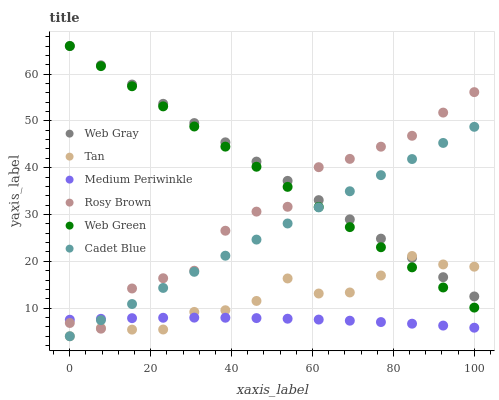
| xaxis_label | Web Gray | Tan | Medium Periwinkle | Rosy Brown | Web Green | Cadet Blue |
 | --- | --- | --- | --- | --- | --- | --- |
 | 0 | 66 | 4 | 7.53 | 6.83 | 66 | 4 |
 | 7.69 | 61.9 | 5.76 | 7.72 | 5.62 | 61.7 | 7.44 |
 | 15.4 | 57.8 | 5.42 | 7.86 | 14.2 | 57.4 | 10.9 |
 | 23.1 | 53.7 | 5.44 | 7.95 | 16.4 | 53.1 | 14.3 |
 | 30.8 | 49.5 | 9.2 | 7.98 | 18 | 48.8 | 17.8 |
 | 38.5 | 45.4 | 9.56 | 7.96 | 26.5 | 44.5 | 21.2 |
 | 46.2 | 41.3 | 11.5 | 7.88 | 30.6 | 40.2 | 24.6 |
 | 53.8 | 37.2 | 16.3 | 7.75 | 31.7 | 35.9 | 28.1 |
 | 61.5 | 33.1 | 13.1 | 7.56 | 40.1 | 31.6 | 31.5 |
 | 69.2 | 29 | 13.4 | 7.32 | 41.9 | 27.3 | 35 |
 | 76.9 | 24.9 | 17 | 7.03 | 44.5 | 23 | 38.4 |
 | 84.6 | 20.7 | 21.1 | 6.68 | 46.8 | 18.7 | 41.9 |
 | 92.3 | 16.6 | 19.3 | 6.28 | 51.8 | 14.4 | 45.3 |
 | 100 | 12.5 | 18.9 | 5.82 | 56.2 | 10.1 | 48.7 |